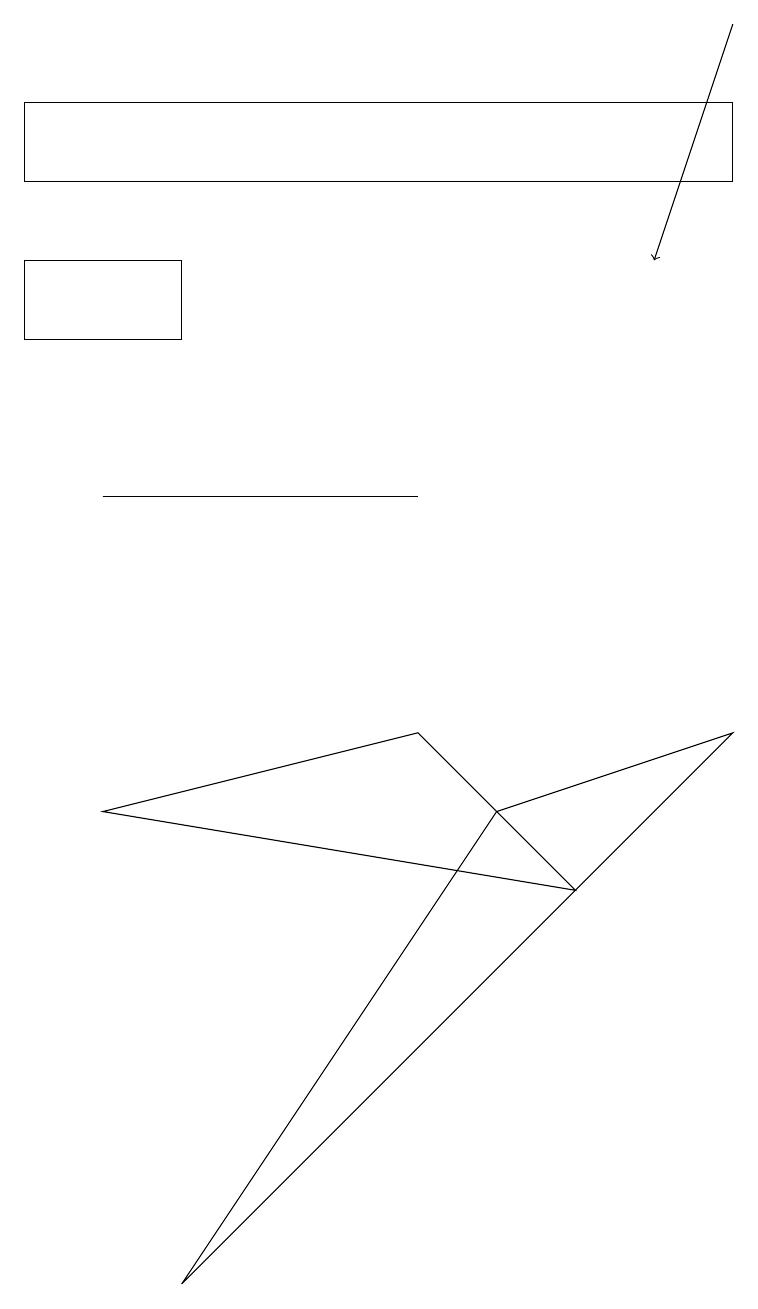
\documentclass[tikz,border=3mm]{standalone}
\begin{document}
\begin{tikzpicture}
\draw (1,7) -- (5,8) -- (7,6) -- cycle;
\draw[->] (9,17) -- (8,14);
\draw (1,11) rectangle (5,11);
\draw (0,15) rectangle (9,16);
\draw (2,13) rectangle (0,14);
\draw (2,1) -- (6,7) -- (9,8) -- cycle;
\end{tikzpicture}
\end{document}